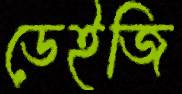
ডেইজি